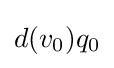
d(v_{0})q_{0}